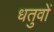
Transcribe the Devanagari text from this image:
धतुवों